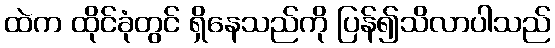
ထဲက ထိုင်ခုံတွင် ရှိနေသည်ကို ပြန်၍သိလာပါသည်